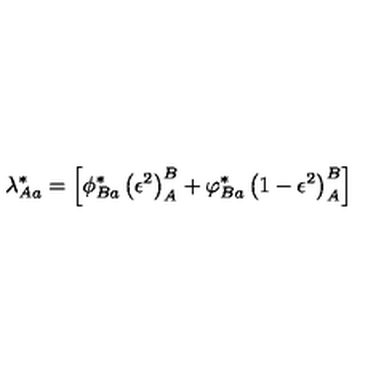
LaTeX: \lambda _ { A a } ^ { * } = \left[ \phi _ { B a } ^ { * } \left( \epsilon ^ { 2 } \right) _ { A } ^ { B } + \varphi _ { B a } ^ { * } \left( 1 - \epsilon ^ { 2 } \right) _ { A } ^ { B } \right]